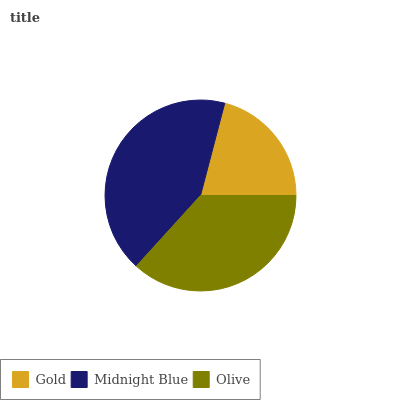
| Gold | Midnight Blue | Olive |
 | --- | --- | --- |
 | 20.9% | 42.4% | 36.8% |